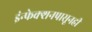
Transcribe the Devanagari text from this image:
इंन्फेक्शनपासूनही